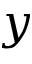
y